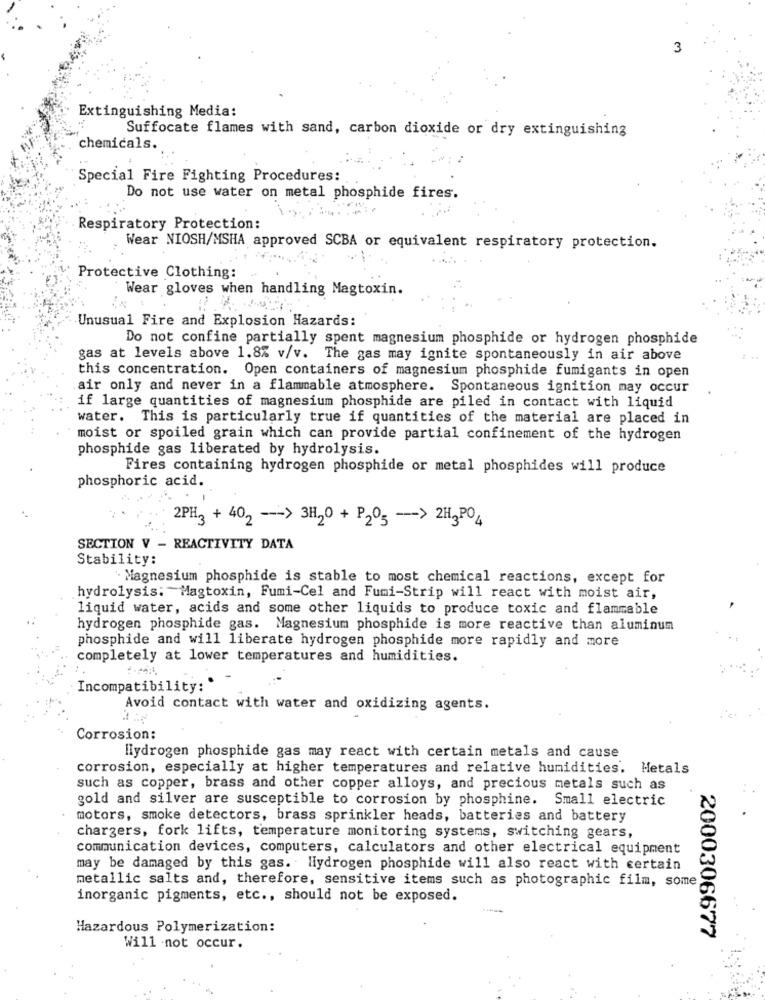
3
Extinguishing Media:
Suffocate flames with sand, carbon dioxide or dry extinguishing
chemicals.
Special Fire Fighting Procedures:
Do not use water on metal phosphide fires.
Respiratory Protection:
Wear NIOSH/MSHA approved SCBA or equivalent respiratory protection.
Protective Clothing:
Wear gloves when handling Magtoxin.
Unusual Fire and Explosion Hazards:
Do not confine partially spent magnesium phosphide or hydrogen phosphide
gas at levels above 1.8% v/v. The gas may ignite spontaneously in air above
this concentration. Open containers of magnesium phosphide fumigants in open
air only and never in a flammable atmosphere. Spontaneous ignition may occur
if large quantities of magnesium phosphide are piled in contact with liquid
water. This is particularly true if quantities of the material are placed in
moist or spoiled grain which can provide partial confinement of the hydrogen
phosphide gas liberated by hydrolysis.
Fires containing hydrogen phosphide or metal phosphides will produce
phosphoric acid.
2PH3 + 402 -- > 3H2O + P2º5 --- > 2H3PO4
SECTION V - REACTIVITY DATA
Stability:
` Magnesium phosphide is stable to most chemical reactions, except for
hydrolysis: Magtoxin, Fumi-Cel and Fumi-Strip will react with moist air,
liquid water, acids and some other liquids to produce toxic and flammable
hydrogen phosphide gas. Magnesium phosphide is more reactive than aluminum
phosphide and will liberate hydrogen phosphide more rapidly and more
completely at lower temperatures and humidities.
Incompatibility:"
Avoid contact with water and oxidizing agents.
Corrosion:
Hydrogen phosphide gas may react with certain metals and cause
corrosion, especially at higher temperatures and relative humidities. Metals
such as copper, brass and other copper alloys, and precious metals such as
gold and silver are susceptible to corrosion by phosphine.
Small electric
motors, smoke detectors, brass sprinkler heads, batteries and battery
chargers, fork lifts, temperature monitoring systems, switching gears,
communication devices, computers, calculators and other electrical equipment
may be damaged by this gas. Hydrogen phosphide will also react with certain
metallic salts and, therefore, sensitive items such as photographic film, some
inorganic pigments, etc ., should not be exposed.
Hazardous Polymerization:
2000306677
Will not occur.